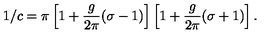
1 / c = \pi \left[ 1 + \frac { g } { 2 \pi } ( \sigma - 1 ) \right] \left[ 1 + \frac { g } { 2 \pi } ( \sigma + 1 ) \right] .